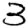
Digit: 3